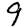
Digit: 9